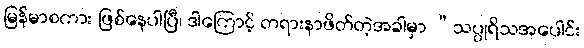
မြန်မာစကား ဖြစ်နေပါပြီ၊ ဒါကြောင့် တရားနာဖိတ်တဲ့အခါမှာ “သပ္ပုရိသအပေါင်း